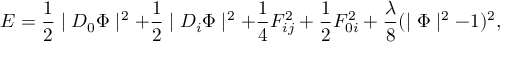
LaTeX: { \cal E } = \frac { 1 } { 2 } \mid D _ { 0 } \Phi \mid ^ { 2 } + \frac { 1 } { 2 } \mid D _ { i } \Phi \mid ^ { 2 } + \frac { 1 } { 4 } F _ { i j } ^ { 2 } + \frac { 1 } { 2 } F _ { 0 i } ^ { 2 } + \frac { \lambda } { 8 } ( \mid \Phi \mid ^ { 2 } - 1 ) ^ { 2 } ,